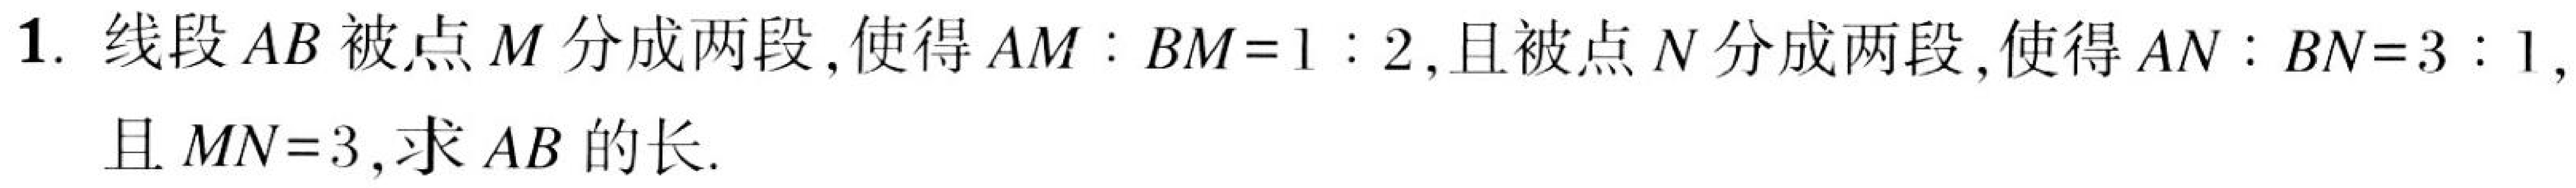
1. 线段$AB$被点$M$分成两段，使得$AM:BM = 1:2$，且被点$N$分成两段，使得$AN:BN = 3:1$，且$MN = 3$，求$AB$的长.